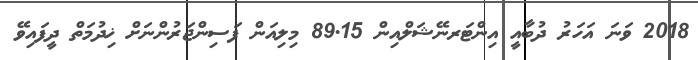
2018 ވަނަ އަހަރު ދުބާއީ އިންޓަރނޭޝަލްއިން 89.15 މިލިއަން ފަސިންޖަރުންނަށް ޚިދުމަތް ދީފައިވޭ